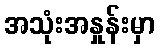
အသုံးအနှုန်းမှာ